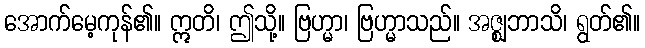
အောက်မေ့ကုန်၏။ ဣတိ၊ ဤသို့။ ဗြဟ္မာ၊ ဗြဟ္မာသည်။ အဇ္ဈဘာသိ၊ ရွတ်၏။